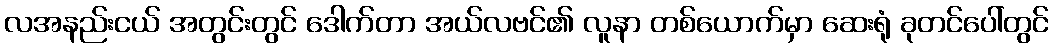
လအနည်းငယ် အတွင်းတွင် ဒေါက်တာ အယ်လဗင်၏ လူနာ တစ်ယောက်မှာ ဆေးရုံ ခုတင်ပေါ်တွင်